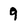
Character: 9